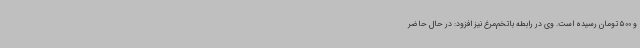
و 500 تومان رسیده است. وی در رابطه باتخم‌مرغ نیز افزود: در حال حاضر